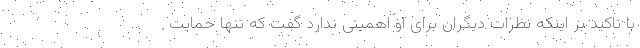
با تاکید بر اینکه نظرات دیگران برای او اهمیتی ندارد گفت که تنها حمایت